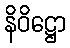
နိဝိဋ္ဌော